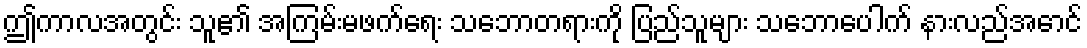
ဤကာလအတွင်း သူ၏ အကြမ်းမဖက်ရေး သဘောတရားကို ပြည်သူများ သဘောပေါက် နားလည်အောင်